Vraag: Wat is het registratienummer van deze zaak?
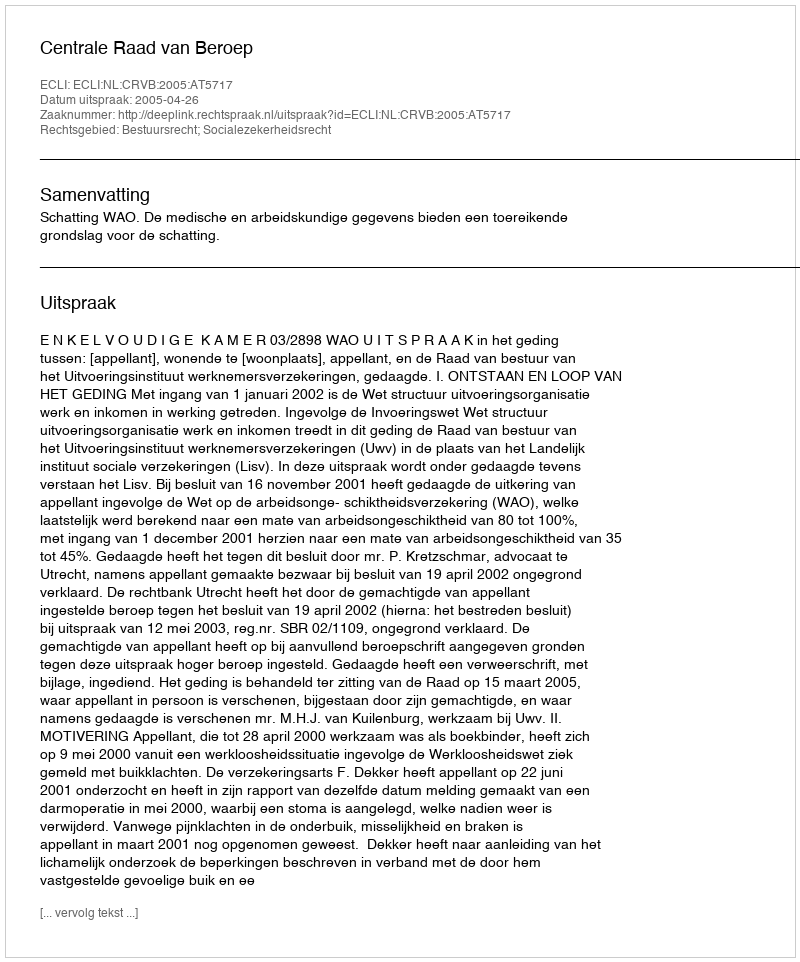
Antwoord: http://deeplink.rechtspraak.nl/uitspraak?id=ECLI:NL:CRVB:2005:AT5717